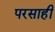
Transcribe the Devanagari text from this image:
परसाही